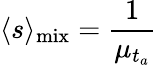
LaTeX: \langle s\rangle_{\mathrm{mix}}=\frac{1}{\mu_{t_{a}}}